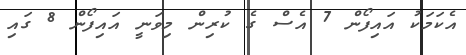
އެކަމަކު އައިފޯން 7 އެސް ގެ ކުރިން މިވަނީ އައިފޯން 8 ގައި